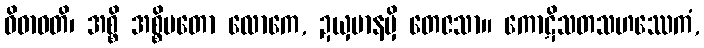
ဝိဓာဝတိ၊ အစ္စိ အစ္စိမတော လောကေ, ဍယှမာနမှိ တေဇသာ။ ကောဋိသတသဟဿေကံ,